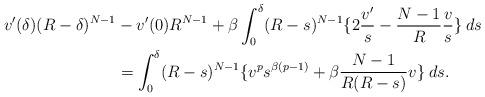
LaTeX: \begin{align*}v'(\delta)(R-\delta)^{N-1} &-v'(0)R^{N-1}+\beta\int_0^\delta (R-s)^{N-1} \{2\frac{v'}{s} -\frac{N-1}{R}\frac{v}{s}\}\:ds \\& =\int_0^\delta(R-s)^{N-1}\{ v^p s^{\beta(p-1)}+ \beta \frac{N-1}{R(R-s)}v\}\:ds.\end{align*}